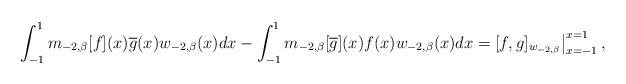
LaTeX: \begin{align*}\int_{-1}^{1}m_{-2,\beta}[f](x)\overline{g}(x)w_{-2,\beta}(x)dx-\int_{-1}^{1}m_{-2,\beta}[\overline{g}](x)f(x)w_{-2,\beta}(x)dx=[f,g]_{w_{-2,\beta}}\big|_{x=-1}^{x=1}\,,\end{align*}